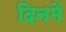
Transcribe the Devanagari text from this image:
दिनमें